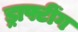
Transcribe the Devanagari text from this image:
ड्राफ्टींग